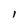
Character: l